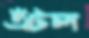
এঁটল